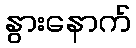
နွားနောက်